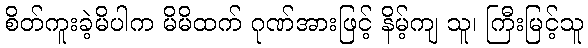
စိတ်ကူးခဲ့မိပါက မိမိထက် ဂုဏ်အားဖြင့် နိမ့်ကျ သူ၊ ကြီးမြင့်သူ